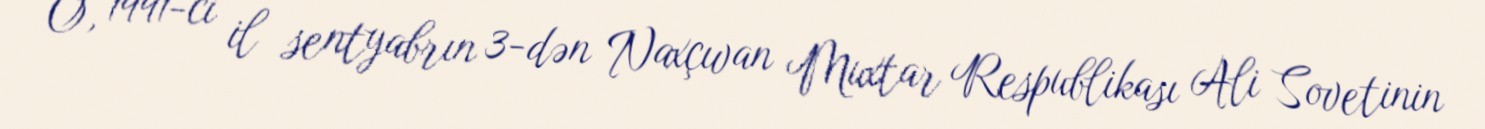
O, 1991-ci il sentyabrın 3-dən Naxçıvan Muxtar Respublikası Ali Sovetinin